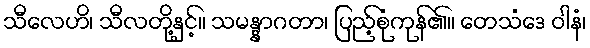
သီလေဟိ၊ သီလတို့နှင့်။ သမန္နာဂတာ၊ ပြည့်စုံကုန်၏။ တေသံဒေ ဝါနံ၊